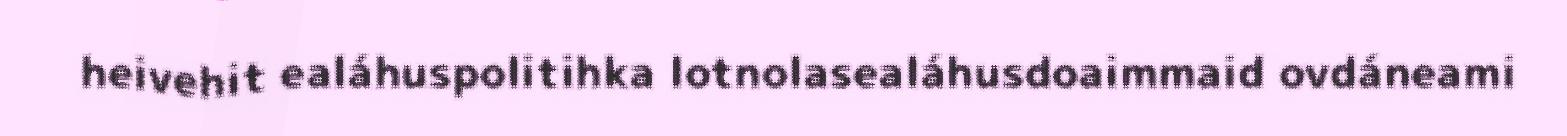
heivehit ealáhuspolitihka lotnolasealáhusdoaimmaid ovdáneami